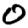
Digit: 0